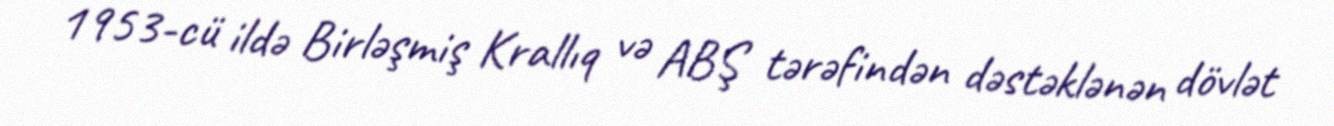
1953-cü ildə Birləşmiş Krallıq və ABŞ tərəfindən dəstəklənən dövlət